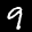
Label: 9